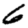
Digit: 6